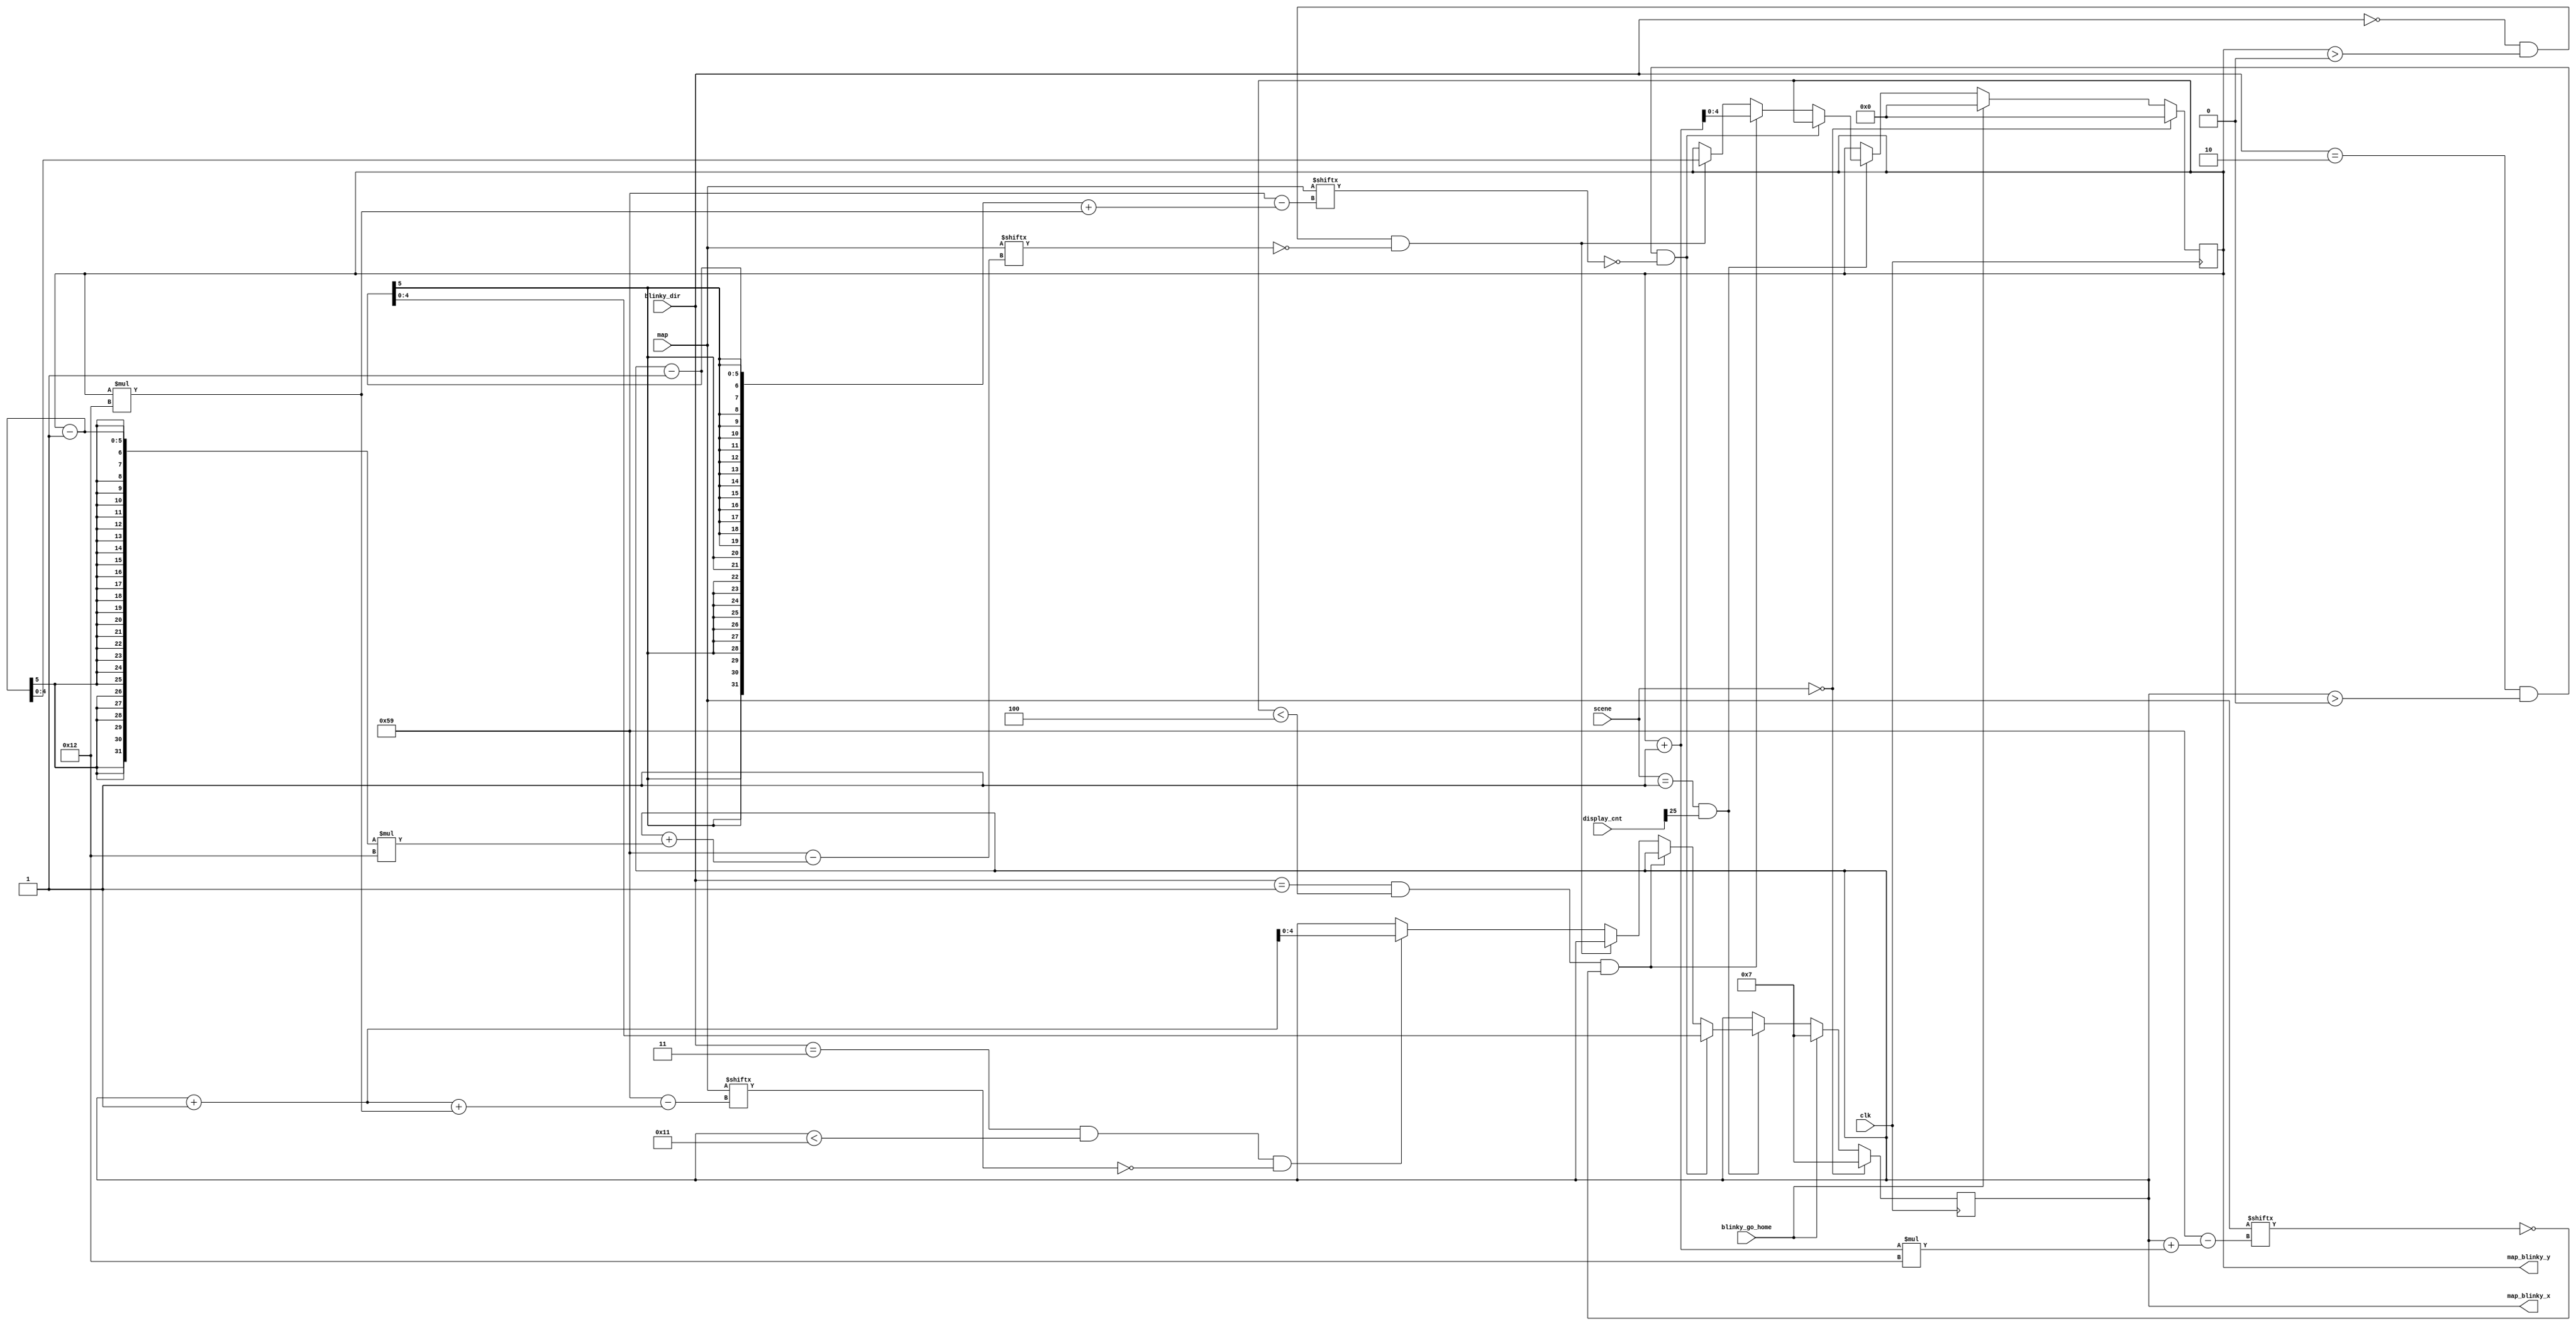
`timescale 1ns / 1ps
/////////////////////////////////////////////////////////////////
// Module Name: blinky_move
/////////////////////////////////////////////////////////////////

module blinky_move(
    input clk,
    input [1:0] scene,
    input [26:0] display_cnt,
    input [0:89] map,
    input [1:0] blinky_dir,
    input blinky_go_home,
    output reg [4:0] map_blinky_x,
    output reg [4:0] map_blinky_y
    );
    
    parameter up = 2'b00;
    parameter down = 2'b01;
    parameter left = 2'b10;
    parameter right = 2'b11;
    
    parameter start_scene = 2'b00;
    parameter play_scene = 2'b01;
    parameter win_scene = 2'b10;
    parameter lose_scene = 2'b11;
    
    // by the given direction, blinky's position can be changed if the position where blinky wants to go is legal
    // (not a wall and also not exceeding the boundaries)
    always@(posedge clk) begin
        if(scene == start_scene) begin
            map_blinky_x <= 7;
            map_blinky_y <= 0;
        end
        else if(blinky_go_home) begin
            map_blinky_x <= 7;
            map_blinky_y <= 0;
        end
        else if(scene == play_scene && display_cnt[25]) begin
            if(blinky_dir == left && map_blinky_x > 5'd0 && ~map[map_blinky_x - 1 + map_blinky_y * 18]) begin
                map_blinky_x <= map_blinky_x - 1;
                map_blinky_y <= map_blinky_y;
            end
            else if(blinky_dir == down && map_blinky_y < 5'd4 && ~map[map_blinky_x + (map_blinky_y + 1) * 18]) begin
                map_blinky_x <= map_blinky_x;
                map_blinky_y <= map_blinky_y + 1;
            end
            else if(blinky_dir == up && map_blinky_y > 5'd0 && ~map[map_blinky_x + (map_blinky_y - 1) * 18]) begin
                map_blinky_x <= map_blinky_x;
                map_blinky_y <= map_blinky_y - 1;
            end
            else if(blinky_dir == right && map_blinky_x < 5'd17 && ~map[map_blinky_x + 1 + map_blinky_y * 18]) begin
                map_blinky_x <= map_blinky_x + 1;
                map_blinky_y <= map_blinky_y;
            end
            else begin
                map_blinky_x <= map_blinky_x;
                map_blinky_y <= map_blinky_y;
            end
        end
        else begin
            map_blinky_x <= map_blinky_x;
            map_blinky_y <= map_blinky_y;
        end
    end
endmodule